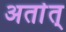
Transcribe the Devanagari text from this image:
अर्तात्